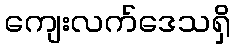
ကျေးလက်ဒေသရှိ